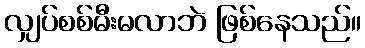
လျှပ်စစ်မီးမလာဘဲ ဖြစ်နေသည်။